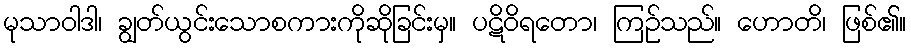
မုသာဝါဒါ၊ ချွတ်ယွင်းသောစကားကိုဆိုခြင်းမှ။ ပဋိဝိရတော၊ ကြဉ်သည်။ ဟောတိ၊ ဖြစ်၏။